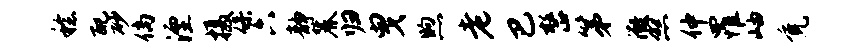
稔配砂倘湮摄保六静麓归曳煦老巴整第微照仲罹岫免